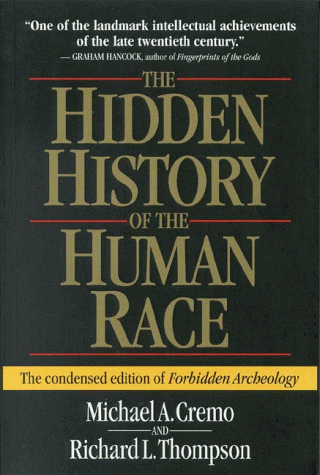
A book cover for The Hidden History of the Human Race (The Condensed Edition of Forbidden Archeology); Richard L. Thompson; Science & Math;